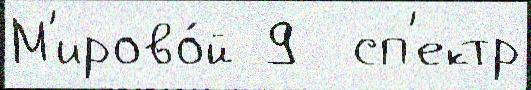
М'ирово́й 9  сп'ектр